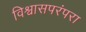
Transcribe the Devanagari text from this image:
विश्वासपरंपरा